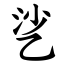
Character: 乷